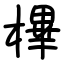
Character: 㮿